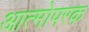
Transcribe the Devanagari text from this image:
आत्मोपरक